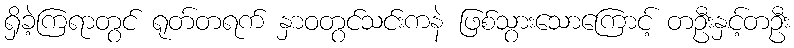
ရှိခဲ့ကြရာတွင် ရုတ်တရက် နှာဝတွင်သင်းကနဲ ဖြစ်သွားသောကြောင့် တဦးနှင့်တဦး